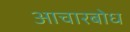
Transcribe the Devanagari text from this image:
आचारबोध